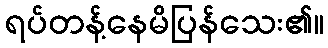
ရပ်တန့်နေမိပြန်သေး၏။